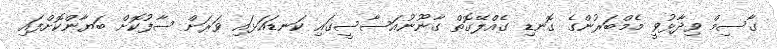
ގާސިމް ވިދާޅުވީ މެމްބަރުންގެ ގޮނޑި ގެއްލޭގޮތް ގާނޫނުއަސާސީގައި ކަނޑައަޅައި ވަރަށް ސާފުކޮށް ބަޔާންކޮށްފައި